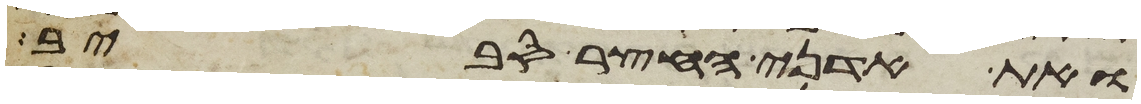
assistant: ואת אדני החצר סביב